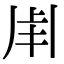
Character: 𤰆